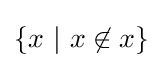
\{x~|~x\not \in x\}